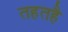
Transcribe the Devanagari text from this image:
तहतहै